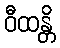
ဝီထန္တိ